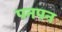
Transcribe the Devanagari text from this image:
पनपन